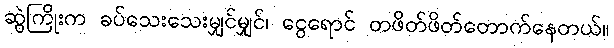
ဆွဲကြိုးက ခပ်သေးသေးမျှင်မျှင်၊ ငွေရောင် တဖိတ်ဖိတ်တောက်နေတယ်။